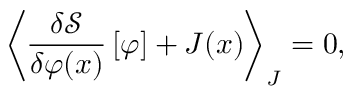
{ \left\langle { \frac { \delta { \mathcal { S } } } { \delta \varphi ( x ) } } \left[ \varphi \right] + J ( x ) \right\rangle } _ { J } = 0 ,